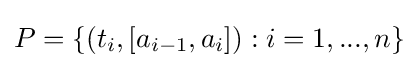
P=\{(t_{i},[a_{i-1},a_{i}]):i=1,...,n\}